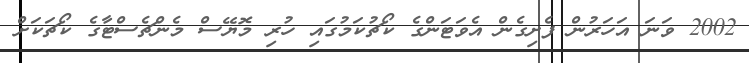
2002 ވަނަ އަހަރުން ފެށިގެން އެވަޓަންގެ ކޯޗުކަމުގައި ހުރި މޮޔޭސް މެންޗެސްޓާގެ ކޯޗަކަށް